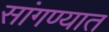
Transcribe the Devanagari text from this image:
सांगण्‍यात